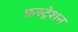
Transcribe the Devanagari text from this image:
फ्रस्ट्रेशन